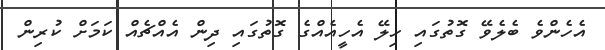
އެހެންވެ ބެލެވޭ ގޮތުގައި ހިލޭ އެހީއެއްގެ ގޮތުގައި ދިން އެއްޗެއް ކަމަށް ކުރިން